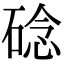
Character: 䂼